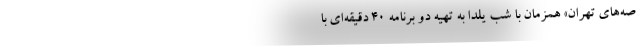
صه‌های تهران» همزمان با شب یلدا به تهیه‌ دو برنامه‌ ۴۰ دقیقه‌ای با